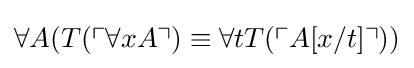
\forall A(T(\ulcorner \forall xA\urcorner )\equiv \forall tT(\ulcorner A[x/t]\urcorner ))